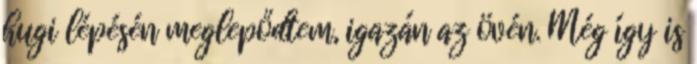
hugi lépésén meglepődtem, igazán az övén. Még így is